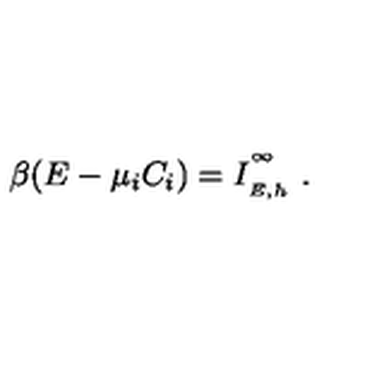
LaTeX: \beta ( E - \mu _ { i } C _ { i } ) = I _ { \phantom { } _ { E , h } } ^ { \phantom { } ^ { \infty } } \ .